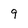
Character: 9